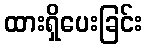
ထားရှိပေးခြင်း